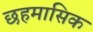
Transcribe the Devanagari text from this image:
छहमासिक